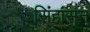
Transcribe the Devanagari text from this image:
सिंहांसन